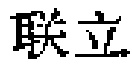
联立